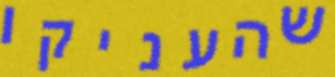
שהעניקו